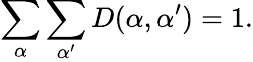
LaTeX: \sum_{\alpha}\sum_{\alpha^{\prime}}D(\alpha,\alpha^{\prime})=1.